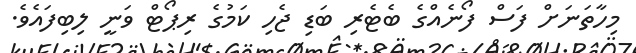
މިހާތަނަށް ފަސް ފޯނެއްގެ ބެޓެރި ބަޑި ޖެހި ކަމުގެ ރިޕޯޓް ވަނީ ލިބިފައެވެ.